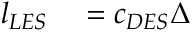
\begin{array} { r l } { l _ { L E S } } & { { } = c _ { D E S } \Delta } \end{array}